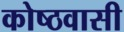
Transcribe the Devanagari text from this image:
कोष्ठवासी